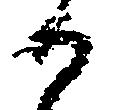
候